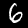
Digit: 6